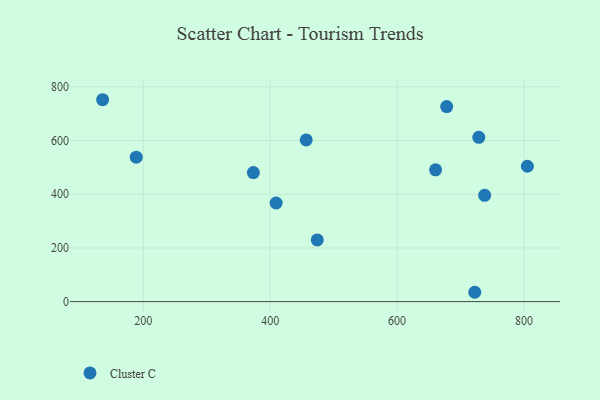
{"axis": {"x": "Investment", "y": "Salary"}, "legend": ["Cluster C"], "data": [{"x": "456.8", "y": 602.2, "type": "Cluster C"}, {"x": "474.2", "y": 229.8, "type": "Cluster C"}, {"x": "373.5", "y": 480.6, "type": "Cluster C"}, {"x": "805.4", "y": 504.0, "type": "Cluster C"}, {"x": "738.1", "y": 395.9, "type": "Cluster C"}, {"x": "722.5", "y": 34.8, "type": "Cluster C"}, {"x": "678.2", "y": 726.4, "type": "Cluster C"}, {"x": "660.7", "y": 490.6, "type": "Cluster C"}, {"x": "135.9", "y": 751.8, "type": "Cluster C"}, {"x": "728.8", "y": 611.9, "type": "Cluster C"}, {"x": "409.4", "y": 367.2, "type": "Cluster C"}, {"x": "188.9", "y": 537.8, "type": "Cluster C"}]}